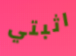
اثبتي